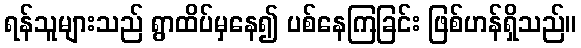
ရန်သူများသည် ရွာထိပ်မှနေ၍ ပစ်နေကြခြင်း ဖြစ်ဟန်ရှိသည်။